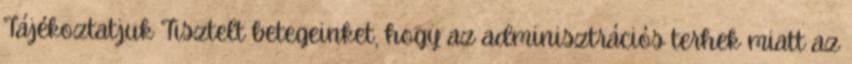
Tájékoztatjuk Tisztelt betegeinket, hogy az adminisztrációs terhek miatt az